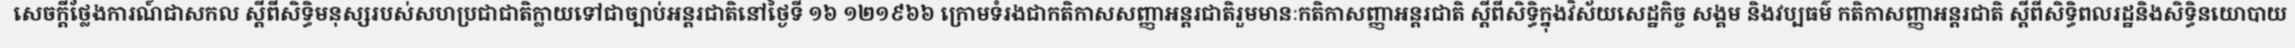
សេចក្តីថ្លែងការណ៍ជាសកល ស្តីពីសិទ្ធិមនុស្សរបស់សហប្រជាជាតិក្លាយទៅជាច្បាប់អន្តរជាតិនៅថ្ងៃទី ១៦ ១២១៩៦៦ ក្រោមទំរងជាកតិកាសសញ្ញាអន្តរជាតិរួមមានៈកតិកាសញ្ញាអន្តរជាតិ ស្តីពីសិទ្ធិក្នុងវិស័យសេដ្ឋកិច្ច សង្គម និងវប្បធម៌ កតិកាសញ្ញាអន្តរជាតិ ស្តីពីសិទ្ធិពលរដ្ឋនិងសិទ្ធិនយោបាយ